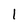
Character: 1